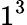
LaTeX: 1^{3}